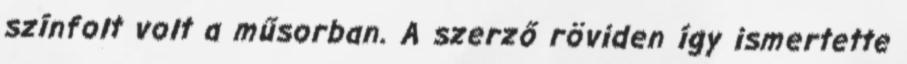
színfolt volt a műsorban. A szerző röviden így ismertette